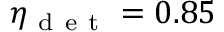
\eta _ { \mathrm { ~ d ~ e ~ t ~ } } = 0 . 8 5